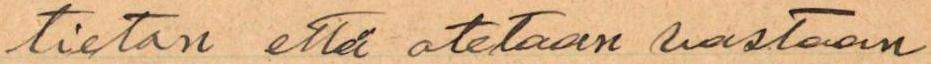
tieton että otetaan vastaan